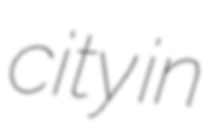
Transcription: city in